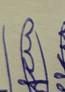
Signature authenticity: genuine